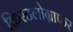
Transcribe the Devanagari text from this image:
क्रिस्टलोग्राफर